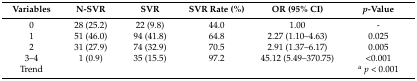
<table><thead><tr><td><b>Variables</b></td><td><b>N-SVR</b></td><td><b>SVR</b></td><td><b>SVR Rate (%)</b></td><td><b>OR (95% CI)</b></td><td><b><i>p</i>-Value</b></td></tr></thead><tbody><tr><td>0</td><td>28 (25.2)</td><td>22 (9.8)</td><td>44.0</td><td>1.00</td><td>-</td></tr><tr><td>1</td><td>51 (46.0)</td><td>94 (41.8)</td><td>64.8</td><td>2.27 (1.10–4.63)</td><td>0.025</td></tr><tr><td>2</td><td>31 (27.9)</td><td>74 (32.9)</td><td>70.5</td><td>2.91 (1.37–6.17)</td><td>0.005</td></tr><tr><td>3–4</td><td>1 (0.9)</td><td>35 (15.5)</td><td>97.2</td><td>45.12 (5.49–370.75)</td><td>&lt;0.001</td></tr><tr><td>Trend</td><td></td><td></td><td></td><td></td><td><sup>a</sup><i>p</i> &lt; 0.001</td></tr></tbody></table>